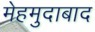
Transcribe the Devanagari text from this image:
मेहमुदाबाद